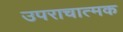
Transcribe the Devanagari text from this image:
उपराचात्मक